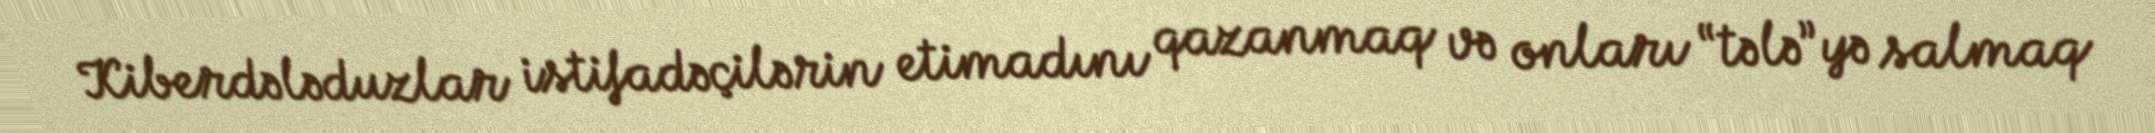
Kiberdələduzlar istifadəçilərin etimadını qazanmaq və onları “tələ”yə salmaq